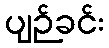
ပျဉ်ခင်း